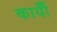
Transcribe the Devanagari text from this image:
कार्योँ